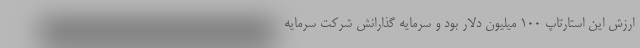
ارزش این استارتاپ ۱۰۰ میلیون دلار بود و سرمایه گذارانش شرکت سرمایه